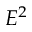
E ^ { 2 }